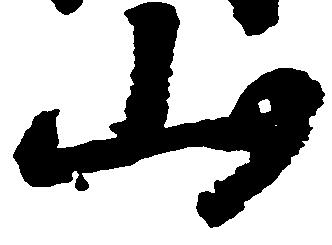
山